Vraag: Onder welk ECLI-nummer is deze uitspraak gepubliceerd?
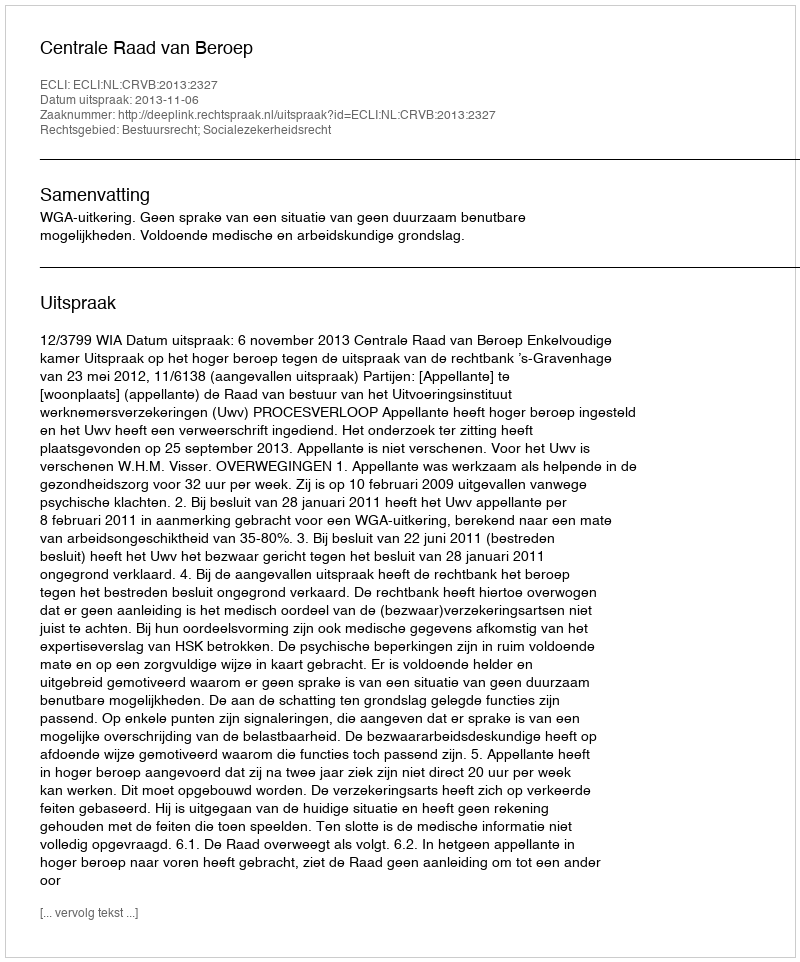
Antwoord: ECLI:NL:CRVB:2013:2327